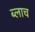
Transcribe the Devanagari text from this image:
ब्लाच